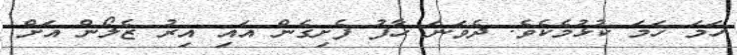
ހަމަ ހަމަ ކުޅުމެކެވެ. ދެވަނަ ހާފު ފެށިގެން އައި އިރު ޒެލޯން އަށް